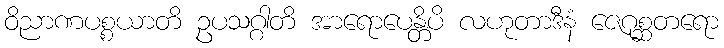
ဝိညာဏပစ္စယာတိ ဥပသဂ္ဂါတိ အာရောပေန္တိပိ လဟုတာဒီနံ ဇေဂုစ္ဆတရော